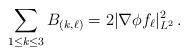
LaTeX: \begin{align*}\sum_{1\leq k\leq 3}B_{(k,\ell) }=2|\nabla \phi f_\ell |^2_{L^2}\,.\end{align*}